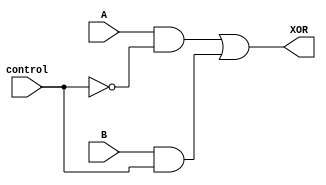
module XOR_gate (
    input A,
    input B,
    input control,
    output XOR
);

    assign XOR = (A & ~control) | (B & control);

endmodule